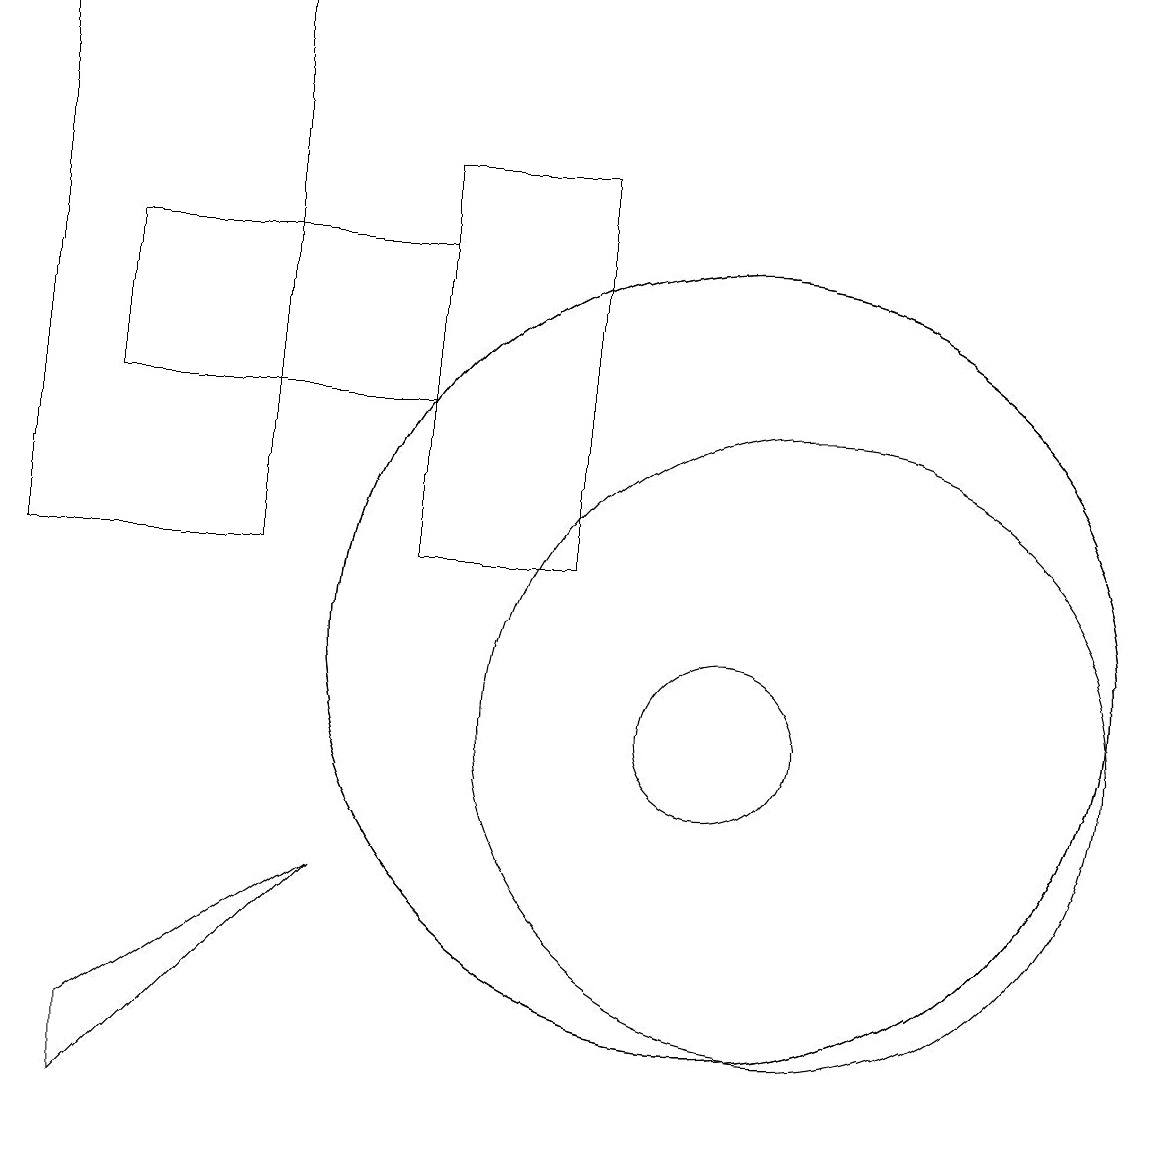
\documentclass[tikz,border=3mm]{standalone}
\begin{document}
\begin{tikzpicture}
\draw (10,11) circle (5);
\draw (5,8) -- (2,5) -- (2,6) -- cycle;
\draw (11,10) circle (4);
\draw (8,17) rectangle (6,12);
\draw (10,10) circle (1);
\draw (1,19) rectangle (4,12);
\draw (2,14) rectangle (6,16);
\draw (10,11) circle (5);
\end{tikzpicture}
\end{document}